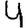
Digit: 4